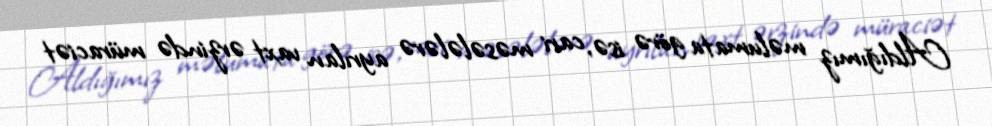
Aldığımız məlumata görə isə, cari məsələlərə ayrılan vaxt ərzində müraciət